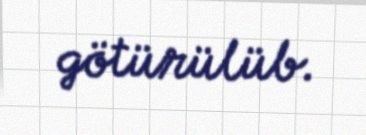
götürülüb.